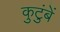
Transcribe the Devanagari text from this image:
कुटुंबें